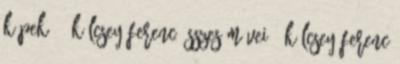
képek 75 KÖLCSEY FERENC ÖSSZES MŰVEI 1 Kölcsey Ferenc